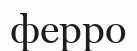
ферро